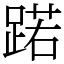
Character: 蹃